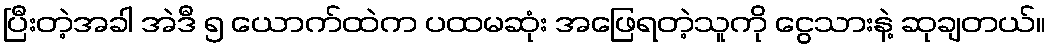
ပြီးတဲ့အခါ အဲဒီ ၅ ယောက်ထဲက ပထမဆုံး အဖြေရတဲ့သူကို ငွေသားနဲ့ ဆုချတယ်။